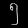
Digit: ၅